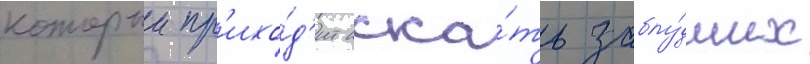
которыи пр'ихо́д'ит иска́ть заблу́дших